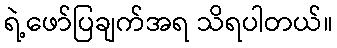
ရဲ့ဖော်ပြချက်အရ သိရပါတယ်။